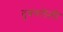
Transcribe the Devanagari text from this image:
दुबंगलेली